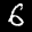
Label: 6